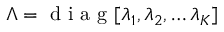
\boldsymbol { \Lambda } = \mathrm { ~ d ~ i ~ a ~ g ~ } [ \lambda _ { 1 } , \lambda _ { 2 } , \dots \lambda _ { K } ]